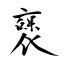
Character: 襃